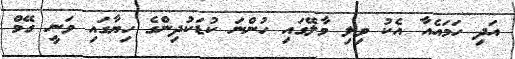
އަދި ހަމައެއާ އެކު ވިލި މާލޭގައި ހުންނަ ކުޑަކުދިންގެ ހިޔާގައި ވަނީ ގޭމް